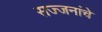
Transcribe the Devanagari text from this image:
सज्जनांचे